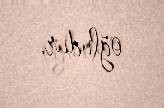
oğludur.